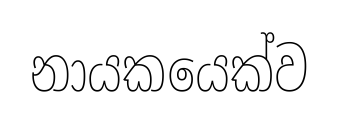
නායකයෙක්ව